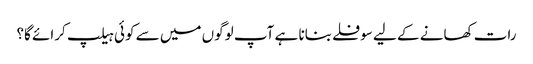
رات کھانے کے لیے سوفلے بنانا ہے آپ لوگوں میں سے کوئی ہیلپ کرائے گا؟